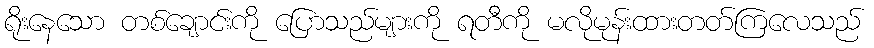
ရိုးနေသော တစ်ချောင်းကို ပြောသည်များကို ရတီကို မလိုမုန်းထားတတ်ကြလေသည်